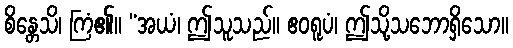
စိန္တေသိ၊ ကြံ၏။ “အယံ၊ ဤသူသည်။ ဧဝရူပံ၊ ဤသို့သဘောရှိသော။